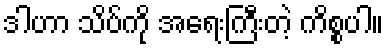
ဒါဟာ သိပ်ကို အရေးကြီးတဲ့ ကိစ္စပါ။